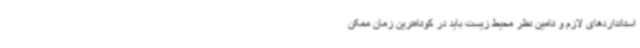
استانداردهای لازم و تامین نظر محیط زیست باید در کوتاه‌ترین زمان ممکن